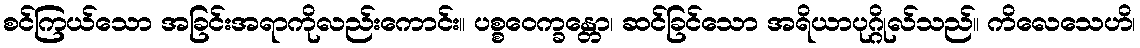
စင်ကြယ်သော အခြင်းအရာကိုလည်းကောင်း။ ပစ္စဝေက္ခန္တော၊ ဆင်ခြင်သော အရိယာပုဂ္ဂိုလ်သည်။ ကိလေသေဟိ၊